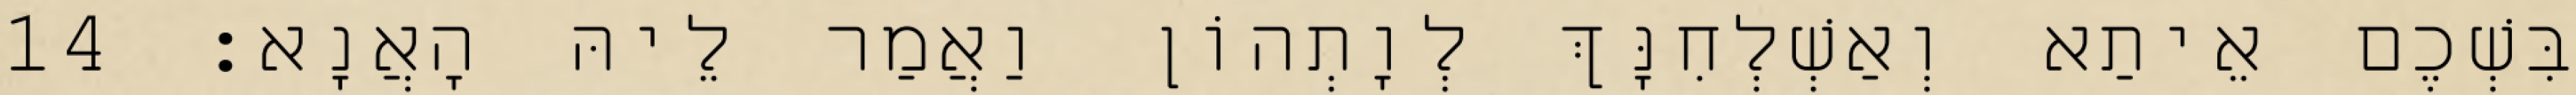
בִּשְׁכֶם אֵיתַא וְאַשְׁלְחִנָּךְ לְוָתְהוֹן וַאֲמַר לֵיהּ הָאֲנָא׃ 14